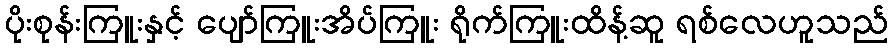
ပိုးစုန်းကြူးနှင့် ပျော်ကြူးအိပ်ကြူး ရိုက်ကြူးထိန့်ဆူ ရစ်လေဟူသည်